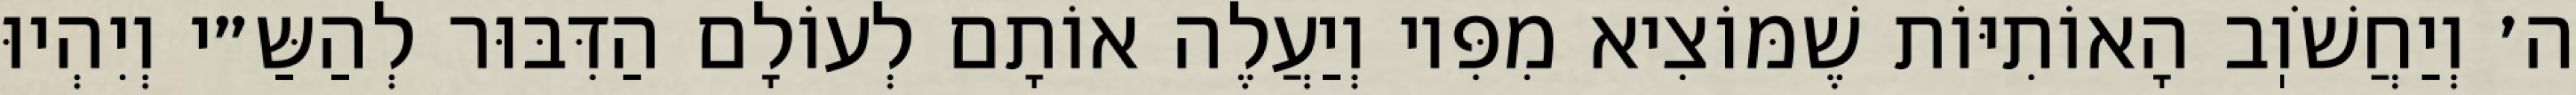
ה׳ וְיַחֲשֹׁוֽב הָאוֹתִיּוֹת שֶׁמּוֹצִיא מִפִּיו וְיַעֲלֶה אוֹתָם לְעוֹלָם הַדִּבּוּר לְהַשַּ״י וְיִהְיוּ